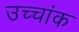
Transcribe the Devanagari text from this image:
उच्‍चांक